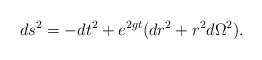
LaTeX: \begin{align*}ds^2=-dt^2+e^{2gt}(dr^2+r^2d\Omega^2). \end{align*}